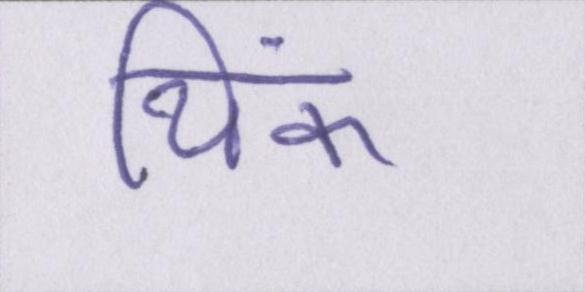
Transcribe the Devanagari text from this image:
थिंक